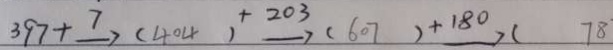
3 9 7 + \xrightarrow { 7 } ( 4 0 4 ) \xrightarrow { + 2 0 3 } ( 6 0 7 ) \xrightarrow { + 1 8 0 } ( 7 8